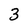
Character: 3